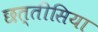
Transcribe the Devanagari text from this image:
छत्तीसिया